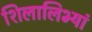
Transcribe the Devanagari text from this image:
शिलालिभ्यां